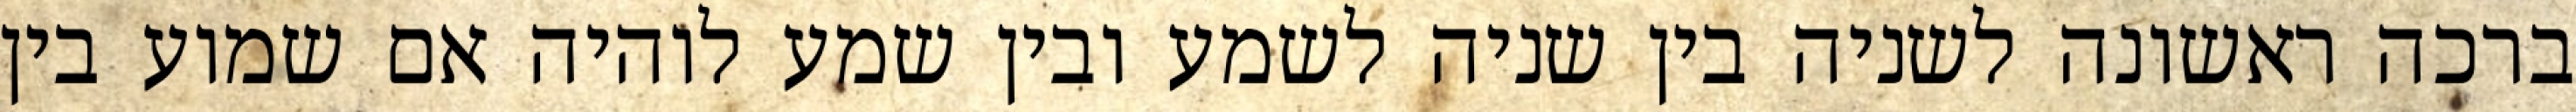
ברכה ראשונה לשניה בין שניה לשמע ובין שמע לוהיה אם שמוע בין